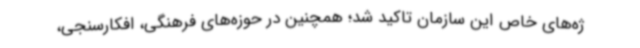
ژه‌های خاص این سازمان تاکید شد؛ همچنین در حوزه‌های فرهنگی، افکارسنجی،